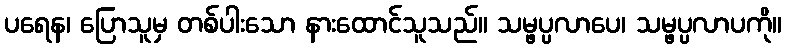
ပရေန၊ ပြောသူမှ တစ်ပါးသော နားထောင်သူသည်။ သမ္ဖပ္ပလာပေ၊ သမ္ဖပ္ပလာပကို။